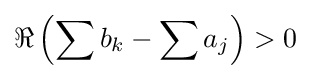
\Re \left(\sum b_{k}-\sum a_{j}\right)>0